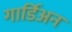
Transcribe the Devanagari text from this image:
गार्डिअन